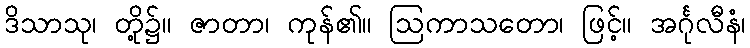
ဒိသာသု၊ တို့၌။ ဇာတာ၊ ကုန်၏။ ဩကာသတော၊ ဖြင့်။ အင်္ဂုလီနံ၊